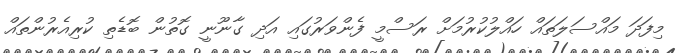
މިފަދަ މައްސަލަތައް ހައްލުކުރުމަށް ރަސްމީ ފެންވަރުގައި އަދި ގާނޫނީ ގޮތުން ބޮޑެތި ކުރިއެރުންތައް